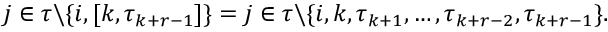
j \in \tau \backslash \{ i , [ k , \tau _ { k + r - 1 } ] \} = { j \in \tau \backslash \{ i , k , \tau _ { k + 1 } , \dots , \tau _ { k + r - 2 } , \tau _ { k + r - 1 } \} } .